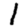
Digit: 1